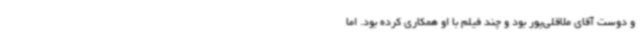
و دوست آقای ملاقلی‌پور بود و چند فیلم با او همکاری کرده بود. اما